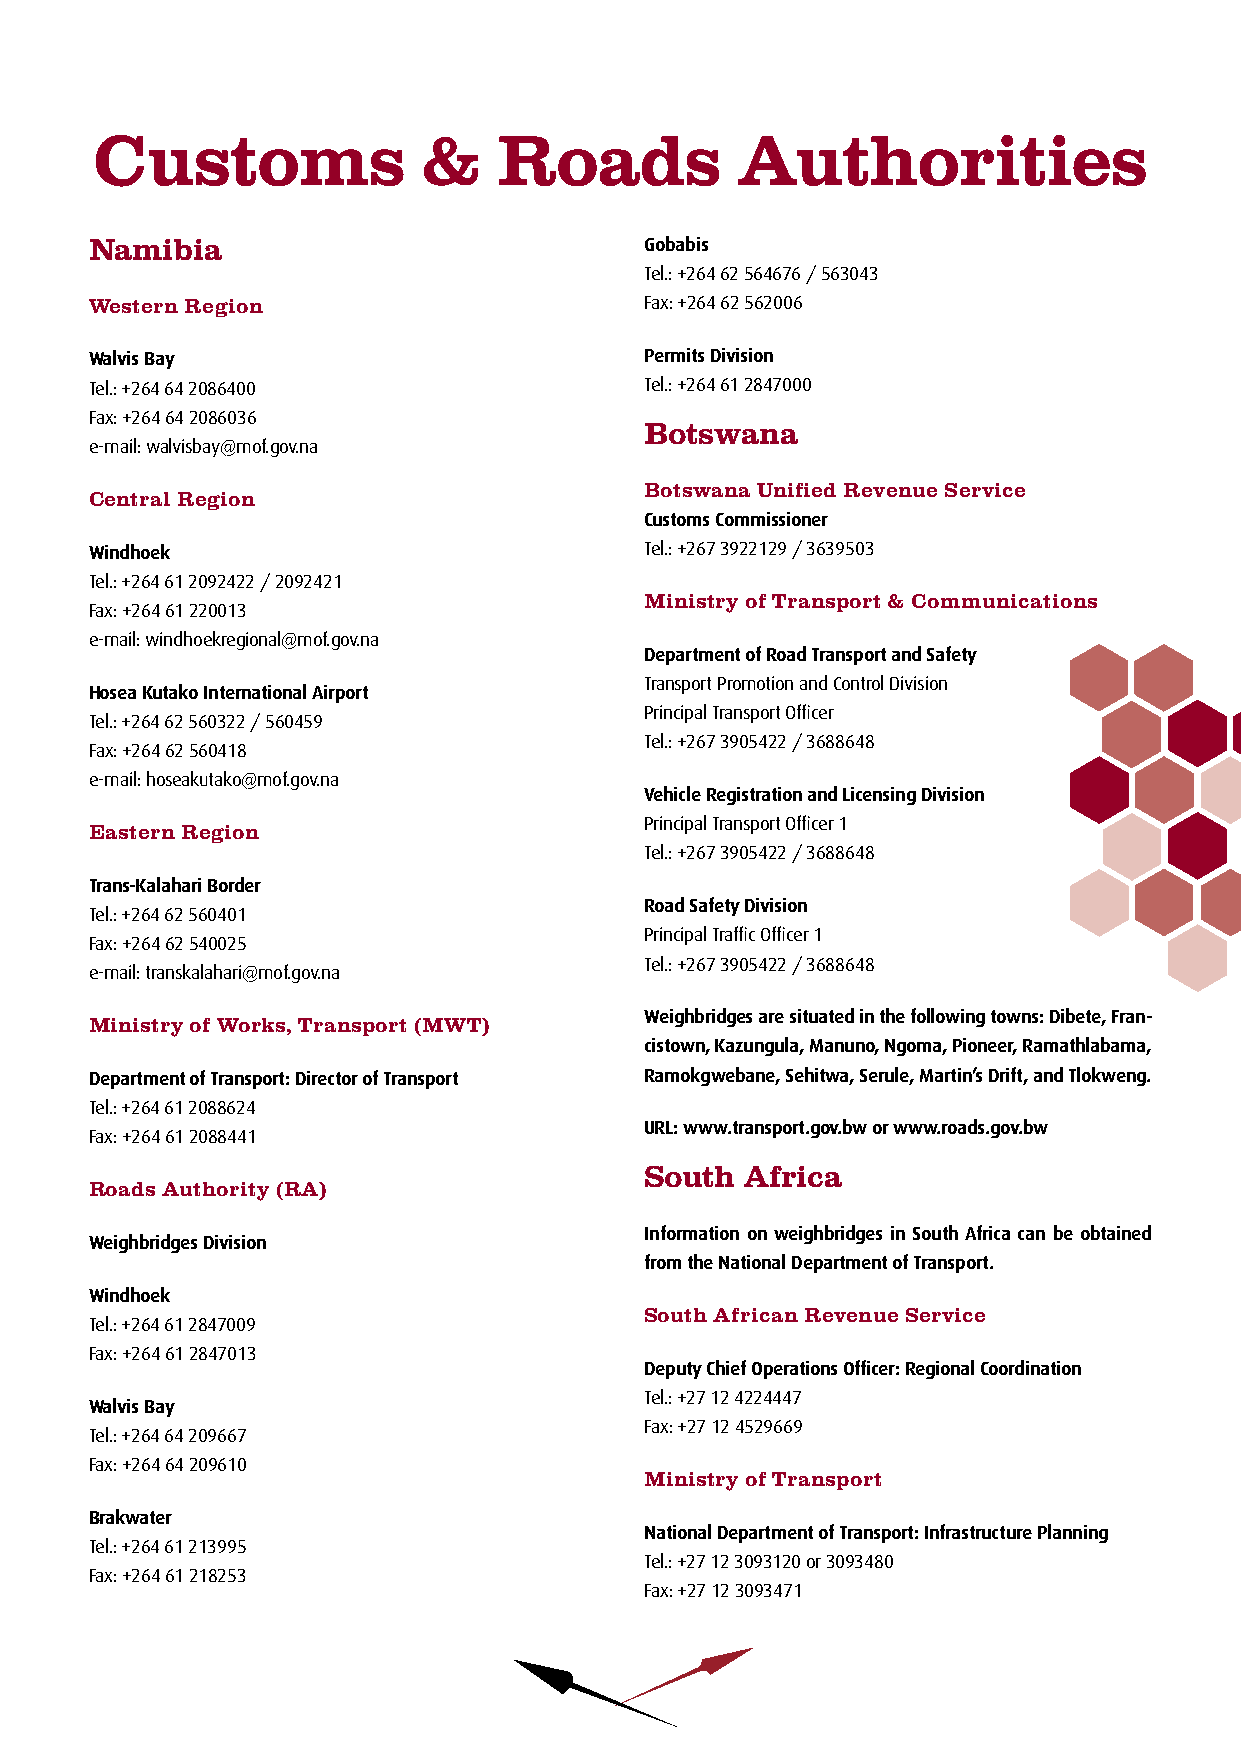
Customs               &    Roads           Authorities
 Namibia                              Gobabis
 Tel.: +264 62 564676 / 563043
 Western Region                       Fax: +264 62 562006
 Walvis Bay                           Permits Division
 Tel.: +264 64 2086400                Tel.: +264 61 2847000
 Fax: +264 64 2086036
 Botswana
 e-mail: walvisbay@mof.gov.na
 Botswana Unified Revenue Service
 Central Region
 Customs Commissioner
 Windhoek                             Tel.: +267 3922129 / 3639503
 Tel.: +264 61 2092422 / 2092421
 Ministry of Transport & Communications
 Fax: +264 61 220013
 e-mail: windhoekregional@mof.gov.na
 Department of Road Transport and Safety
 Transport Promotion and Control Division
 Hosea Kutako International Airport
 Principal Transport Officer
 Tel.: +264 62 560322 / 560459
 Tel.: +267 3905422 / 3688648
 Fax: +264 62 560418
 e-mail: hoseakutako@mof.gov.na
 Vehicle Registration and Licensing Division
 Principal Transport Officer 1
 Eastern Region
 Tel.: +267 3905422 / 3688648
 Trans-Kalahari Border
 Road Safety Division
 Tel.: +264 62 560401
 Principal Traffic Officer 1
 Fax: +264 62 540025
 Tel.: +267 3905422 / 3688648
 e-mail: transkalahari@mof.gov.na
 Weighbridges are situated in the following towns: Dibete, Fran-
 Ministry of Works, Transport (MWT)
 cistown, Kazungula, Manuno, Ngoma, Pioneer, Ramathlabama,
 Department of Transport: Director of Transport Ramokgwebane, Sehitwa, Serule, Martin’s Drift, and Tlokweng.
 Tel.: +264 61 2088624
 URL: www.transport.gov.bw or www.roads.gov.bw
 Fax: +264 61 2088441
 South Africa
 Roads Authority (RA)
 Information on weighbridges in South Africa can be obtained
 Weighbridges Division
 from the National Department of Transport.
 Windhoek
 South African Revenue Service
 Tel.: +264 61 2847009
 Fax: +264 61 2847013
 Deputy Chief Operations Officer: Regional Coordination
 Tel.: +27 12 4224447
 Walvis Bay
 Fax: +27 12 4529669
 Tel.: +264 64 209667
 Fax: +264 64 209610
 Ministry of Transport
 Brakwater
 National Department of Transport: Infrastructure Planning
 Tel.: +264 61 213995
 Tel.: +27 12 3093120 or 3093480
 Fax: +264 61 218253
 Fax: +27 12 3093471